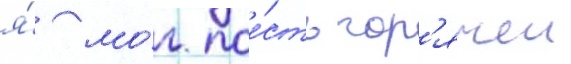
я́ мо́г пое́сть гор'ячеи